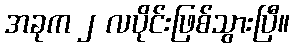
အခုက ၂ လပိုင်းဖြစ်သွားပြီ။